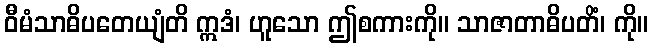
ဝီမံသာဓိပတေယျံတိ ဣဒံ၊ ဟူသော ဤစကားကို။ သာဇာတာဓိပတိံ၊ ကို။